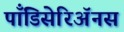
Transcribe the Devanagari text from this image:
पाँडिसेरिॲनस